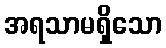
အရသာမရှိသော